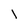
Character: l